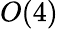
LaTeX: O(4)